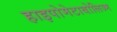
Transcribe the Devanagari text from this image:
हाइपोमेटाबोलिज्म